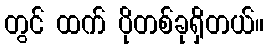
တွင် ထက် ပိုတစ်ခုရှိတယ်။